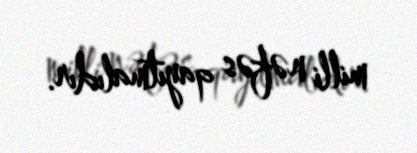
milli nəfəs qayıtmalıdır.